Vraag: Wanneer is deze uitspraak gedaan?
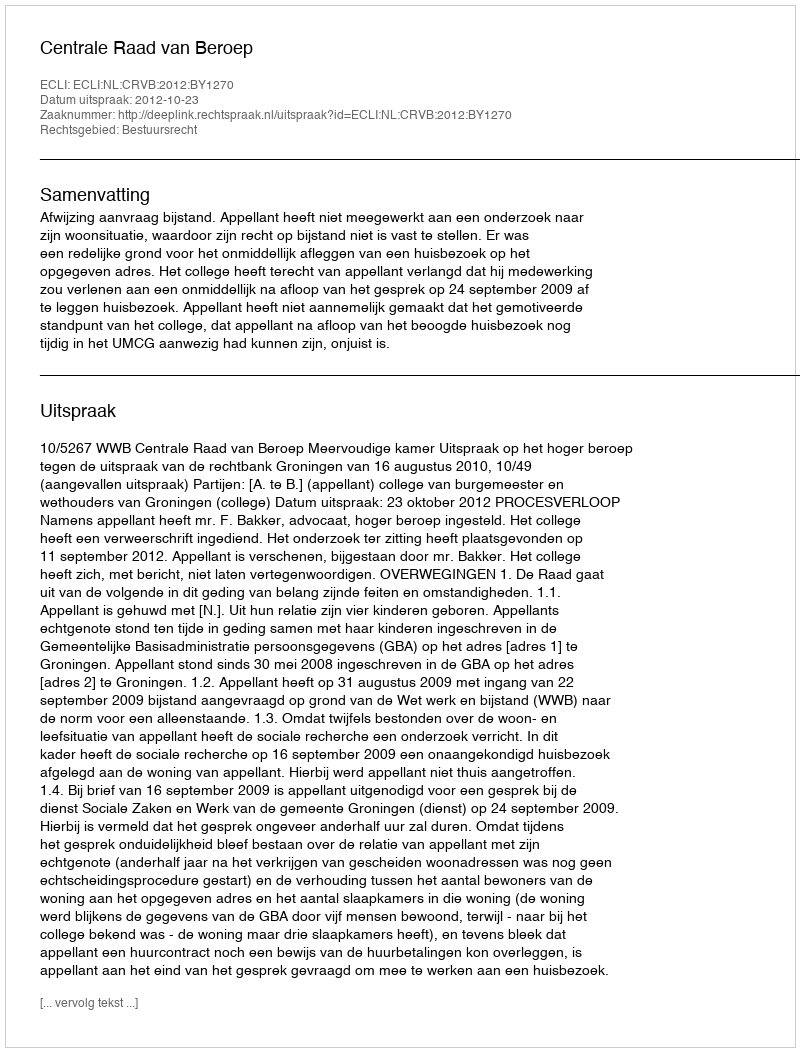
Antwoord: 2012-10-23